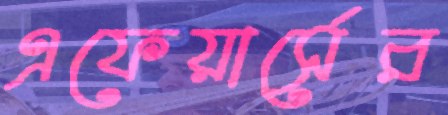
এফেয়ার্সের